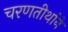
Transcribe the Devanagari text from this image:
चरणतीर्थाने